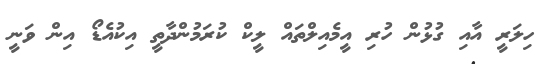
ހިލަރީ އާއި ގުޅުން ހުރި އީމެއިލްތައް ލީކް ކުރަމުންދާތީ އިކުއެޑޯ އިން ވަނީ